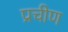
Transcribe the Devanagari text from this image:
प्रचीण